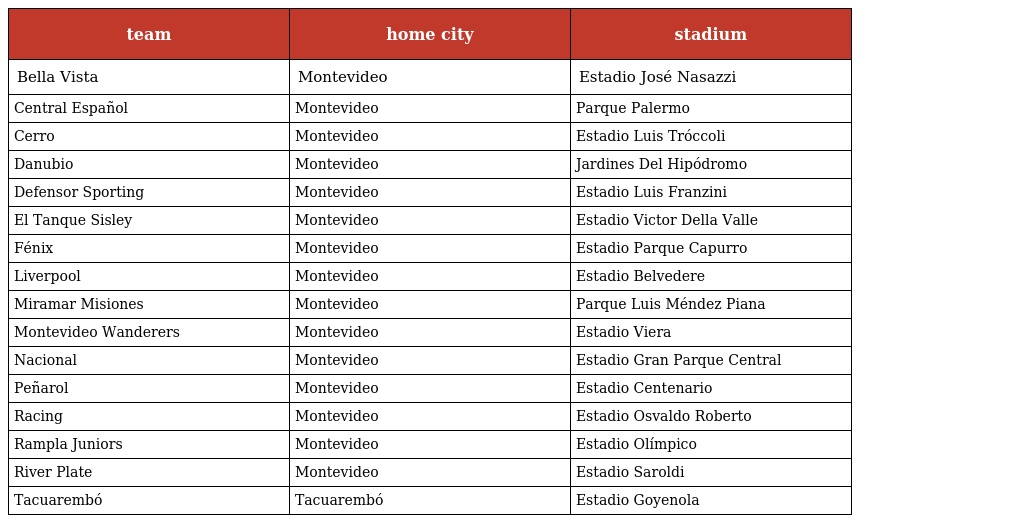
| team | home city | stadium |
 | --- | --- | --- |
 | Bella Vista | Montevideo | Estadio José Nasazzi |
 | Central Español | Montevideo | Parque Palermo |
 | Cerro | Montevideo | Estadio Luis Tróccoli |
 | Danubio | Montevideo | Jardines Del Hipódromo |
 | Defensor Sporting | Montevideo | Estadio Luis Franzini |
 | El Tanque Sisley | Montevideo | Estadio Victor Della Valle |
 | Fénix | Montevideo | Estadio Parque Capurro |
 | Liverpool | Montevideo | Estadio Belvedere |
 | Miramar Misiones | Montevideo | Parque Luis Méndez Piana |
 | Montevideo Wanderers | Montevideo | Estadio Viera |
 | Nacional | Montevideo | Estadio Gran Parque Central |
 | Peñarol | Montevideo | Estadio Centenario |
 | Racing | Montevideo | Estadio Osvaldo Roberto |
 | Rampla Juniors | Montevideo | Estadio Olímpico |
 | River Plate | Montevideo | Estadio Saroldi |
 | Tacuarembó | Tacuarembó | Estadio Goyenola |